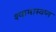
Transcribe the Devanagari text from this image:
श्यामास्वप्न